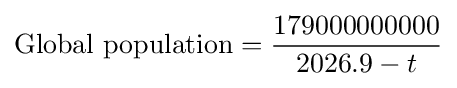
{\text{Global population}}={\frac {179000000000}{2026.9-t}}